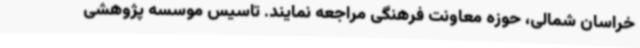
خراسان شمالی، حوزه معاونت فرهنگی مراجعه نمایند. تاسیس موسسه پژوهشی